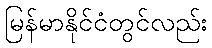
မြန်မာနိုင်ငံတွင်လည်း